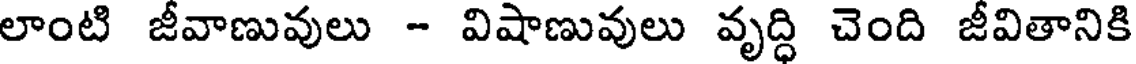
లాంటి జీవాణువులు - విషాణువులు వృద్ధి చెంది జీవితానికి